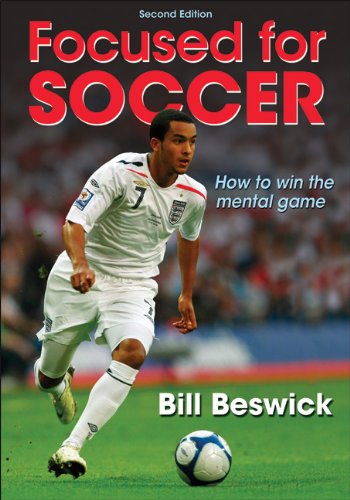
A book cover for Focused for Soccer - 2nd Edition; Bill Beswick; Sports & Outdoors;